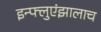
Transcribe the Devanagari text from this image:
इन्फ्लुएंझालाच